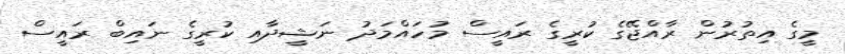
މީގެ އިތުރުން ރާއްޖޭގެ ކުރީގެ ރައީސް މުހައްމަދު ނަޝީދާއި ކުރީގެ ނައިބް ރައީސް